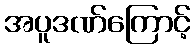
အပူဒဏ်ကြောင့်